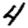
Digit: 4